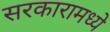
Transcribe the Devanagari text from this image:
सरकारामध्ये